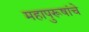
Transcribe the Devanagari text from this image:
महापुरूषांचे